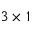
3 \times 1